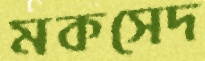
মকসেদ